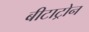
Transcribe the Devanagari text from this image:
बीटाट्रोन